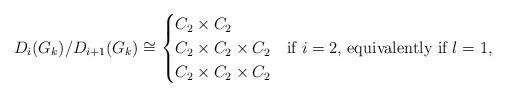
LaTeX: \begin{align*} D_i(G_k)/D_{i+1}(G_k)\cong \begin{cases} C_2 \times C_2 & \\ C_2 \times C_2 \times C_2 & \text{if $i=2$, equivalently if $l = 1$,} \\ C_2 \times C_2 \times C_2 & \end{cases} \end{align*}